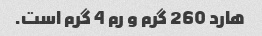
هارد 260 گرم و رم 4 گرم است.